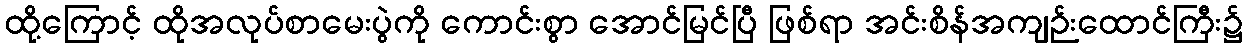
ထို့ကြောင့် ထိုအလုပ်စာမေးပွဲကို ကောင်းစွာ အောင်မြင်ပြီ ဖြစ်ရာ အင်းစိန်အကျဉ်းထောင်ကြီး၌